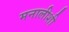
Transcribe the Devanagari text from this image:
मनालीशी